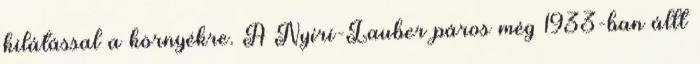
kilátással a környékre. A Nyíri-Lauber páros még 1933-ban állt